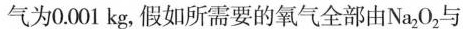
汽为0.001kg，加入所需要的氧气全部由Na_{ 2 }O_{ 2 }与